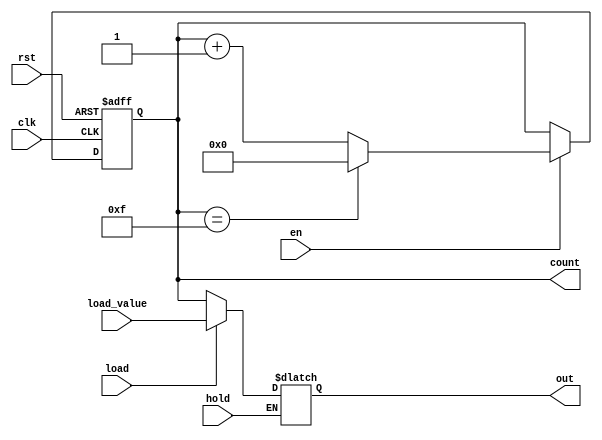
module SynchronousCounter (
    input wire clk,          // Clock input
    input wire rst,          // Asynchronous reset
    input wire en,           // Enable signal
    input wire hold,         // Hold signal
    input wire load,         // Load signal
    input wire [N-1:0] load_value, // Value to load into counter
    output reg [N-1:0] count, // Current counter value
    output reg [N-1:0] out    // Output to reflect the current count
);

// Parameter to define the width of the counter
parameter N = 4; // You can change it to your desired width

// Always block for counter logic
always @(posedge clk or posedge rst) begin
    if (rst) begin
        // Asynchronous reset
        count <= 0;
    end else if (en) begin
        // Increment the counter when enabled
        if (count == {N{1'b1}}) begin
            count <= 0; // Wrap around on overflow
        end else begin
            count <= count + 1;
        end
    end
end

// Always block for output control logic
always @(*) begin
    if (hold) begin
        // If hold is asserted, maintain the last output value
        out = out;
    end else if (load) begin
        // Load the specified value into the counter
        out = load_value;
    end else begin
        // Output reflects the current counter value
        out = count;
    end
end

endmodule